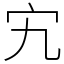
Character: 宄